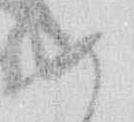
め